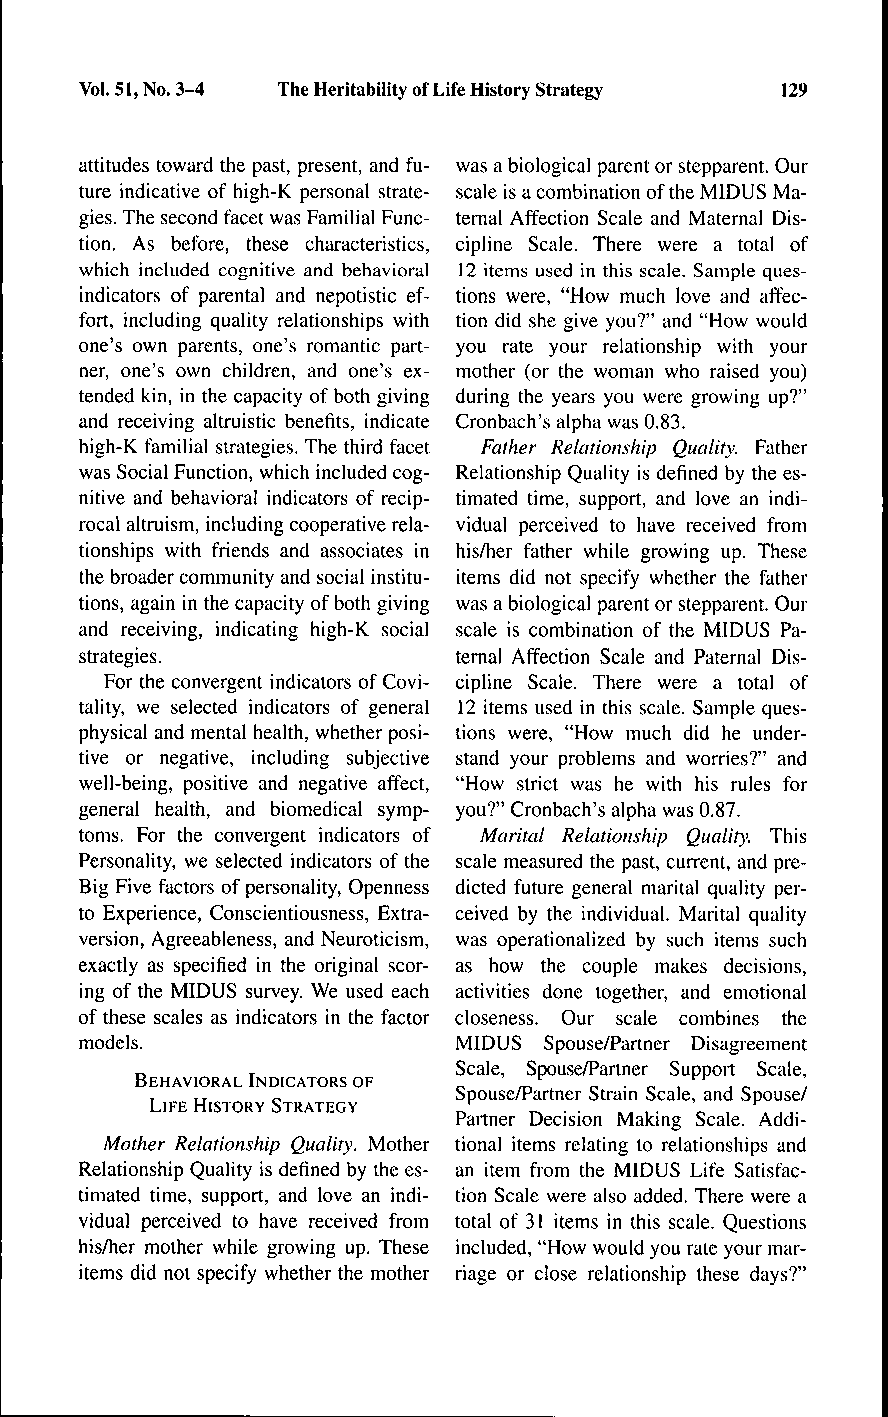
Vol. 51, No. 3-4 The Heritahility of Life History Strategy 129
 attitudes toward the past, present, and fu- was a biological parent or stepparent. Our
 ture indicative of high-K personal strate- scale is a combination of the MIDUS Ma-
 gies. The second facet was Familial Func- ternal Affection Scale and Maternal Dis-
 tion. As before, these characteristics, cipline Scale. There were a total of
 which included cognitive and behavioral 12 items used in this scale. Sample ques-
 indicators of parental and nepotistic ef- tions were, "How much love and affec-
 fort, including quality relationships with tion did she give you?" and "How would
 one's own parents, one's romantic part- you rate your relationship with your
 ner, one's own children, and one's ex- mother (or the woman who raised you)
 tended kin, in the capacity of both giving during the years you were growing up?"
 and receiving altruistic benefits, indicate Cronbach's alpha was 0.83.
 high-K familial strategies. The third facet Father Relationship Quality. Father
 was Social Function, which included cog- Relationship Quality is defined by the es-
 nitive and behavioral indicators of recip- timated time, support, and love an indi-
 rocal altmism, including cooperative rela- vidual perceived to have received from
 tionships with friends and associates in his/her father while growing up. These
 the broader community and social institu- items did not specify whether the father
 tions, again in the capacity of both giving was a biological parent or stepparent. Our
 and receiving, indicating high-K social scale is combination of the MIDUS Pa-
 strategies.              ternal Affection Scale and Paternal Dis-
 For the convergent indicators of Covi- cipline Scale. There were a total of
 tality, we selected indicators of general 12 items used in this scale. Sample ques-
 physical and mental health, whether posi- tions were, "How much did he under-
 tive or negative, including subjective stand your problems and worries?" and
 well-being, positive and negative affect, "How strict was he with his rules for
 general health, and biomedical symp- you?" Cronbach's alpha was 0.87.
 toms. For the convergent indicators of Marital Relationship Quality. This
 Personality, we selected indicators of the scale measured the past, current, and pre-
 Big Five factors of personality. Openness dicted future general marital quality per-
 to Experience, Conscientiousness, Extra- ceived by the individual. Marital quality
 version, Agreeableness, and Neuroticism, was operationalized by such items such
 exactly as specified in the original scor- as how the couple makes decisions,
 ing of the MIDUS survey. We used each activities done together, and emotional
 of these scales as indicators in the factor closeness. Our scale combines the
 models.                  MIDUS Spouse/Partner Disagreement
 Scale, Spouse/Partner Support Scale,
 BEHAVIORAL INDICATORS OF
 Spouse/Partner Strain Scale, and Spouse/
 LIFE HISTORY STRATEGY
 Partner Decision Making Scale. Addi-
 Mother Relationship Quality. Mother tional items relating to relationships and
 Relationship Quality is defined by the es- an item from the MIDUS Life Satisfac-
 timated time, support, and love an indi- tion Scale were also added. There were a
 vidual perceived to have received from total of 31 items in this scale. Questions
 his/her mother while growing up. These included, "How would you rate your mar-
 items did not specify whether the mother riage or close relationship these days?"